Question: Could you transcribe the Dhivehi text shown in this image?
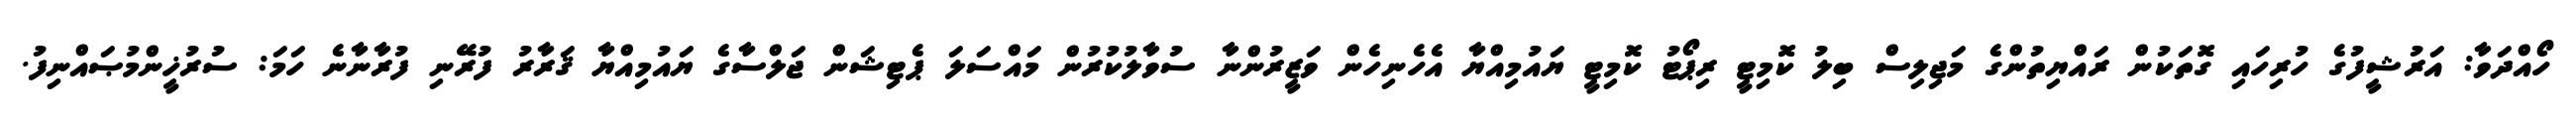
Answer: ހޯއްދަވާ: އަރުޝީފުގެ ހުރިހައި ގޮތަކުން ރައްޔިތުންގެ މަޖިލިސް ބިލު ކޮމިޓީ ރިޕޯޓު ކޮމިޓީ ޔައުމިއްޔާ އެހެނިހެން ވަޒީރުންނާ ސުވާލުކުރުން މައްސަލަ ޕެޓިޝަން ޖަލްސާގެ ޔައުމިއްޔާ ޤަރާރު ފުރޭނި ފުރާނާނެ ހަމަ: ސުރުޚީންމުޞައްނިފު.